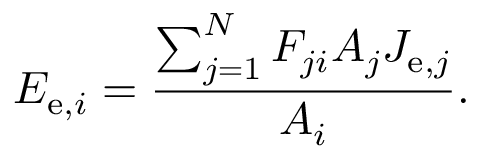
E _ { \mathrm { e } , i } = { \frac { \sum _ { j = 1 } ^ { N } F _ { j i } A _ { j } J _ { \mathrm { e } , j } } { A _ { i } } } .